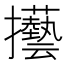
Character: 𢺐